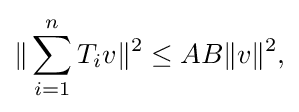
\displaystyle {\|\sum _{i=1}^{n}T_{i}v\|^{2}\leq AB\|v\|^{2},}